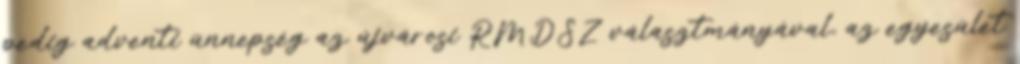
pedig adventi ünnepség az újvárosi RMDSZ választmányával, az egyesület